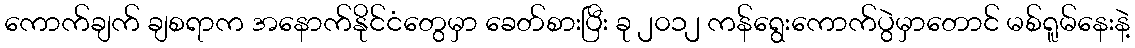
ကောက်ချက် ချစရာက အနောက်နိုင်ငံတွေမှာ ခေတ်စားပြီး ခု ၂၀၁၂ ကန်ရွေးကောက်ပွဲမှာတောင် မစ်ရူမ်နေးနဲ့